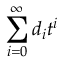
\sum _ { i = 0 } ^ { \infty } d _ { i } t ^ { i }